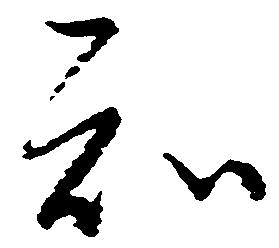
知